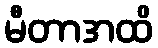
မီတာအထိ